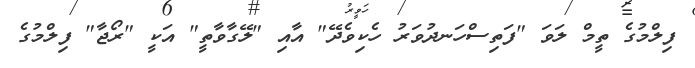
ފިލްމުގެ ތީމް ލަވަ "ފަތިސްހަނދުވަރު ހެކިވެދޭ" އާއި "ލޭގާވާތީ" އަކީ "ރޯޖާ" ފިލްމުގެ